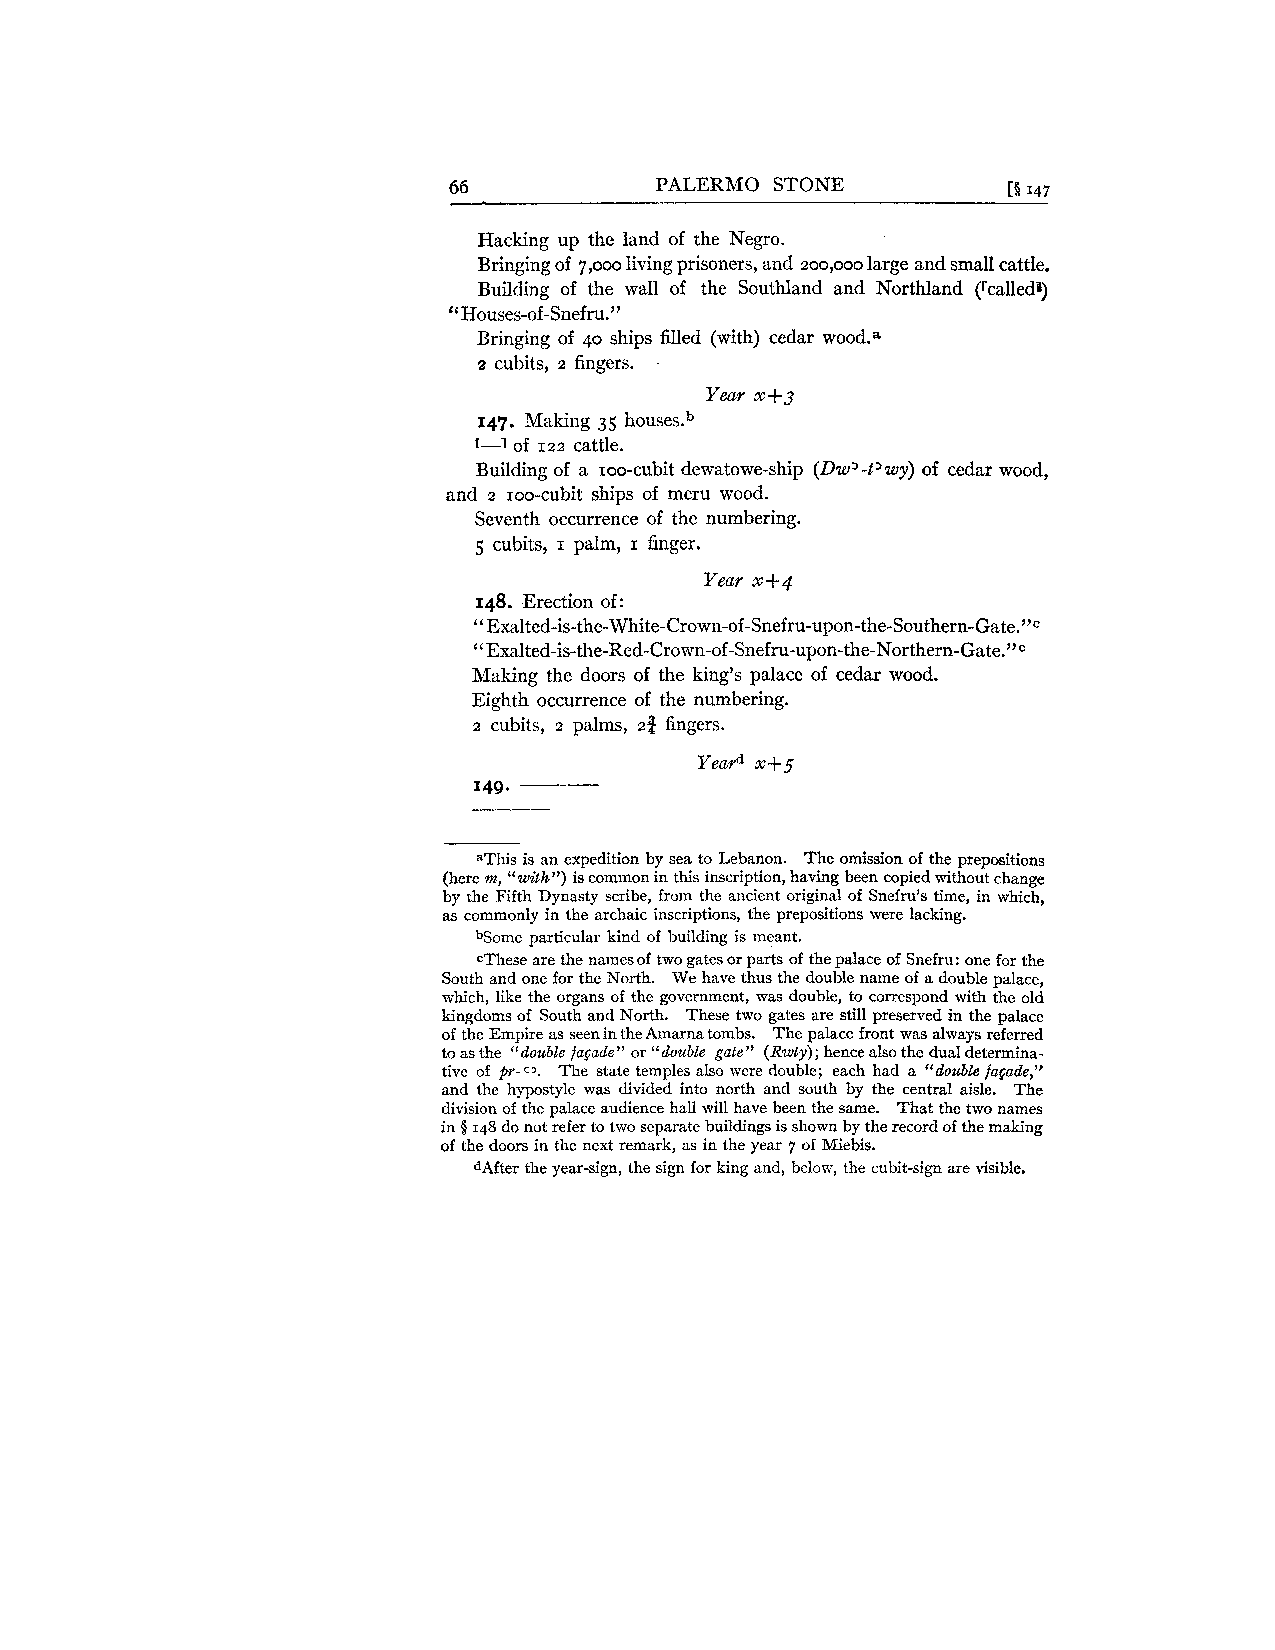
66           PALERMO STONE           [B 147
 Hacking up the land of the Negro.
 Bringing of 7,000 living prisoners, and 200,000 large and small cattle.
 Building of the wall of the Southland and Northland (rcalled?
 Houses-of-Snefru."
 "
 Bringing of 40 ships filled (with) cedar w0od.a
 2 cubits, 2 fingers. .
 Year x+g
 147. Making 35 housesb
 1-1 of 122 cattle.
 Building of a 100-cubit dewatowe-ship (Dw3-t'wy) of cedar wood,
 and 2 100-cubit ships of meru wood.
 Seventh occurrence of the numbering.
 5 cubits, I palm, I finger.
 Year x+q
 148. Erection of:
 " Exalted-is-the-White-Crown-of-Snefru-upon-the-So~thern-Gate.~'~
 "Exalted-is-the-Red-Crown-of-Snefru-upon-the-N~rthern-Gate."~
 Making the doors of the king's palace of cedar wood.
 Eighth occurrence of the numbering.
 2 cubits, 2 palms, 2% fingers.
 aThis is an expedition by sea to Lebanon. The omission of the prepositions
 (here m, "with")i s common in this inscription, having been copied without change
 by the Fifth Dynasty scribe, from the ancient original of Snefru's time, in which,
 as commonly in the archaic inscriptions, the prepositions were lacking.
 bSome particular kind of building is meant.
 cThese are the names of two gates or parts of the palace of Snefru: one for the
 South and one for the North. We have thus the double name of a double palace,
 which, like the organs of the government, was double, to correspond with the old
 kingdoms of South and North. These two gates are still preserved in the palace
 of the Empire as seen in the Amarna tombs. The palace front was always referred
 to as the "double facade" or "double gate" (Rwty); hence also the dual determina-
 tive of pr-c>. The state temples also were double; each had a "double fa~ade,"
 and the hypostyle was divided into north and south by the central aisle. The
 division of the palace audience hall will have been the same. That the two names
 in 5 148 do not refer to two separate buildings is shown by the record of the making
 of the doors in the next remark, as in the year 7 of Miebis.
 dAfter the year-sign, the sign for king and, below, the cubit-sign are visible.